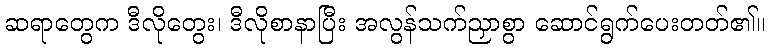
ဆရာတွေက ဒီလိုတွေး၊ ဒီလိုစာနာပြီး အလွန်သက်ညှာစွာ ဆောင်ရွက်ပေးတတ်၏။